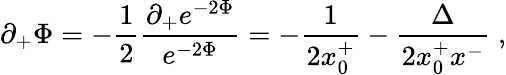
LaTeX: \partial_{+}\Phi=-{\frac{1}{2}}\frac{\partial_{+}e^{-2\Phi}}{e^{-2\Phi}}=-{\frac{1}{2x_{0}^{+}}}-\frac{\Delta}{2x_{0}^{+}x^{-}}\; ,